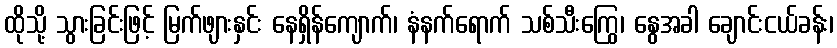
ထိုသို့ သွားခြင်းဖြင့် မြက်ဖျားနှင်း နေရှိန်ကျောက်၊ နံနက်ရောက် သစ်သီးကြွေ၊ နွေအခါ ချောင်းငယ်ခန်း၊